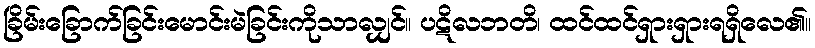
ခြိမ်းခြောက်ခြင်းမောင်းမဲခြင်းကိုသာလျှင်။ ပဋိလဘတိ၊ ထင်ထင်ရှားရှားရရှိလေ၏။